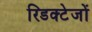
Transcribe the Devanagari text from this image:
रिडक्टेजों